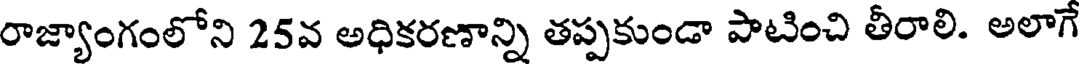
రాజ్యాంగంలోని 25వ అధికరణాన్ని తప్పకుండా పాటించి తీరాలి. అలాగే